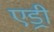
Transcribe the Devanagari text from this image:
एड्री